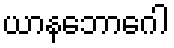
ယာနဘောဂေါ